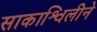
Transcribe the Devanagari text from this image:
साकाश्विलीने